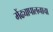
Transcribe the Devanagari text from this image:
मेंढ्यापालनाचा